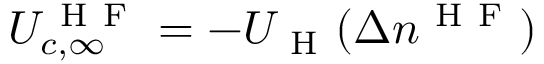
U _ { c , \infty } ^ { \mathrm { ~ H ~ F ~ } } = - U _ { \mathrm { ~ H ~ } } ( \Delta n ^ { \mathrm { ~ H ~ F ~ } } )